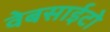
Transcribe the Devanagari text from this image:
वेबसाईटो